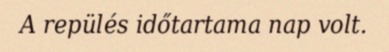
A repülés időtartama nap volt.